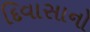
દિવાસાનો